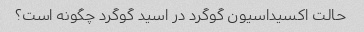
حالت اکسیداسیون گوگرد در اسید گوگرد چگونه است؟